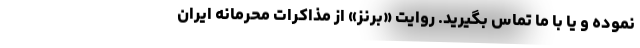
نموده و یا با ما تماس بگیرید. روایت «برنز» از مذاکرات محرمانه ایران